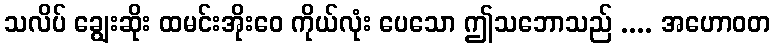
သလိပ် ချွေးဆိုး ထမင်းအိုးဝေ ကိုယ်လုံး ပေသော ဤသဘောသည် .... အဟောဝတ